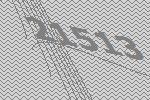
21513